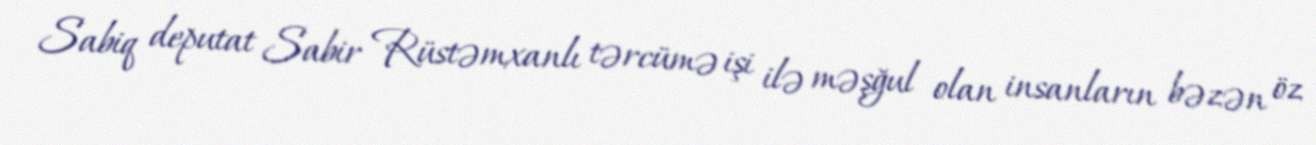
Sabiq deputat Sabir Rüstəmxanlı tərcümə işi ilə məşğul olan insanların bəzən öz